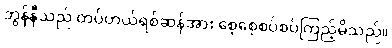
ဘွန်နီသည် တပ်ဟယ်ရစ်ဆန်အား စေ့စေ့စပ်စပ်ကြည့်မိသည်။